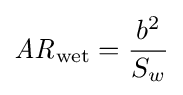
{\mathit {AR}}_{\mathrm {wet} }={b^{2} \over S_{w}}